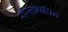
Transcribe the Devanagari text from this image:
रोस्तोपचिन